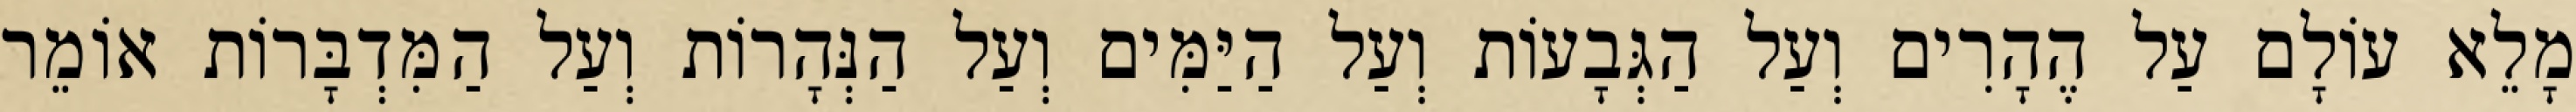
מָלֵא עוֹלָם עַל הֶהָרִים וְעַל הַגְּבָעוֹת וְעַל הַיַּמִּים וְעַל הַנְּהָרוֹת וְעַל הַמִּדְבָּרוֹת אוֹמֵר